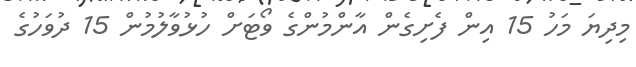
މިދިޔަ މަހު 15 އިން ފެށިގެން އާންމުންގެ ވޯޓަށް ހުޅުވާލުމުން 15 ދުވަހުގެ